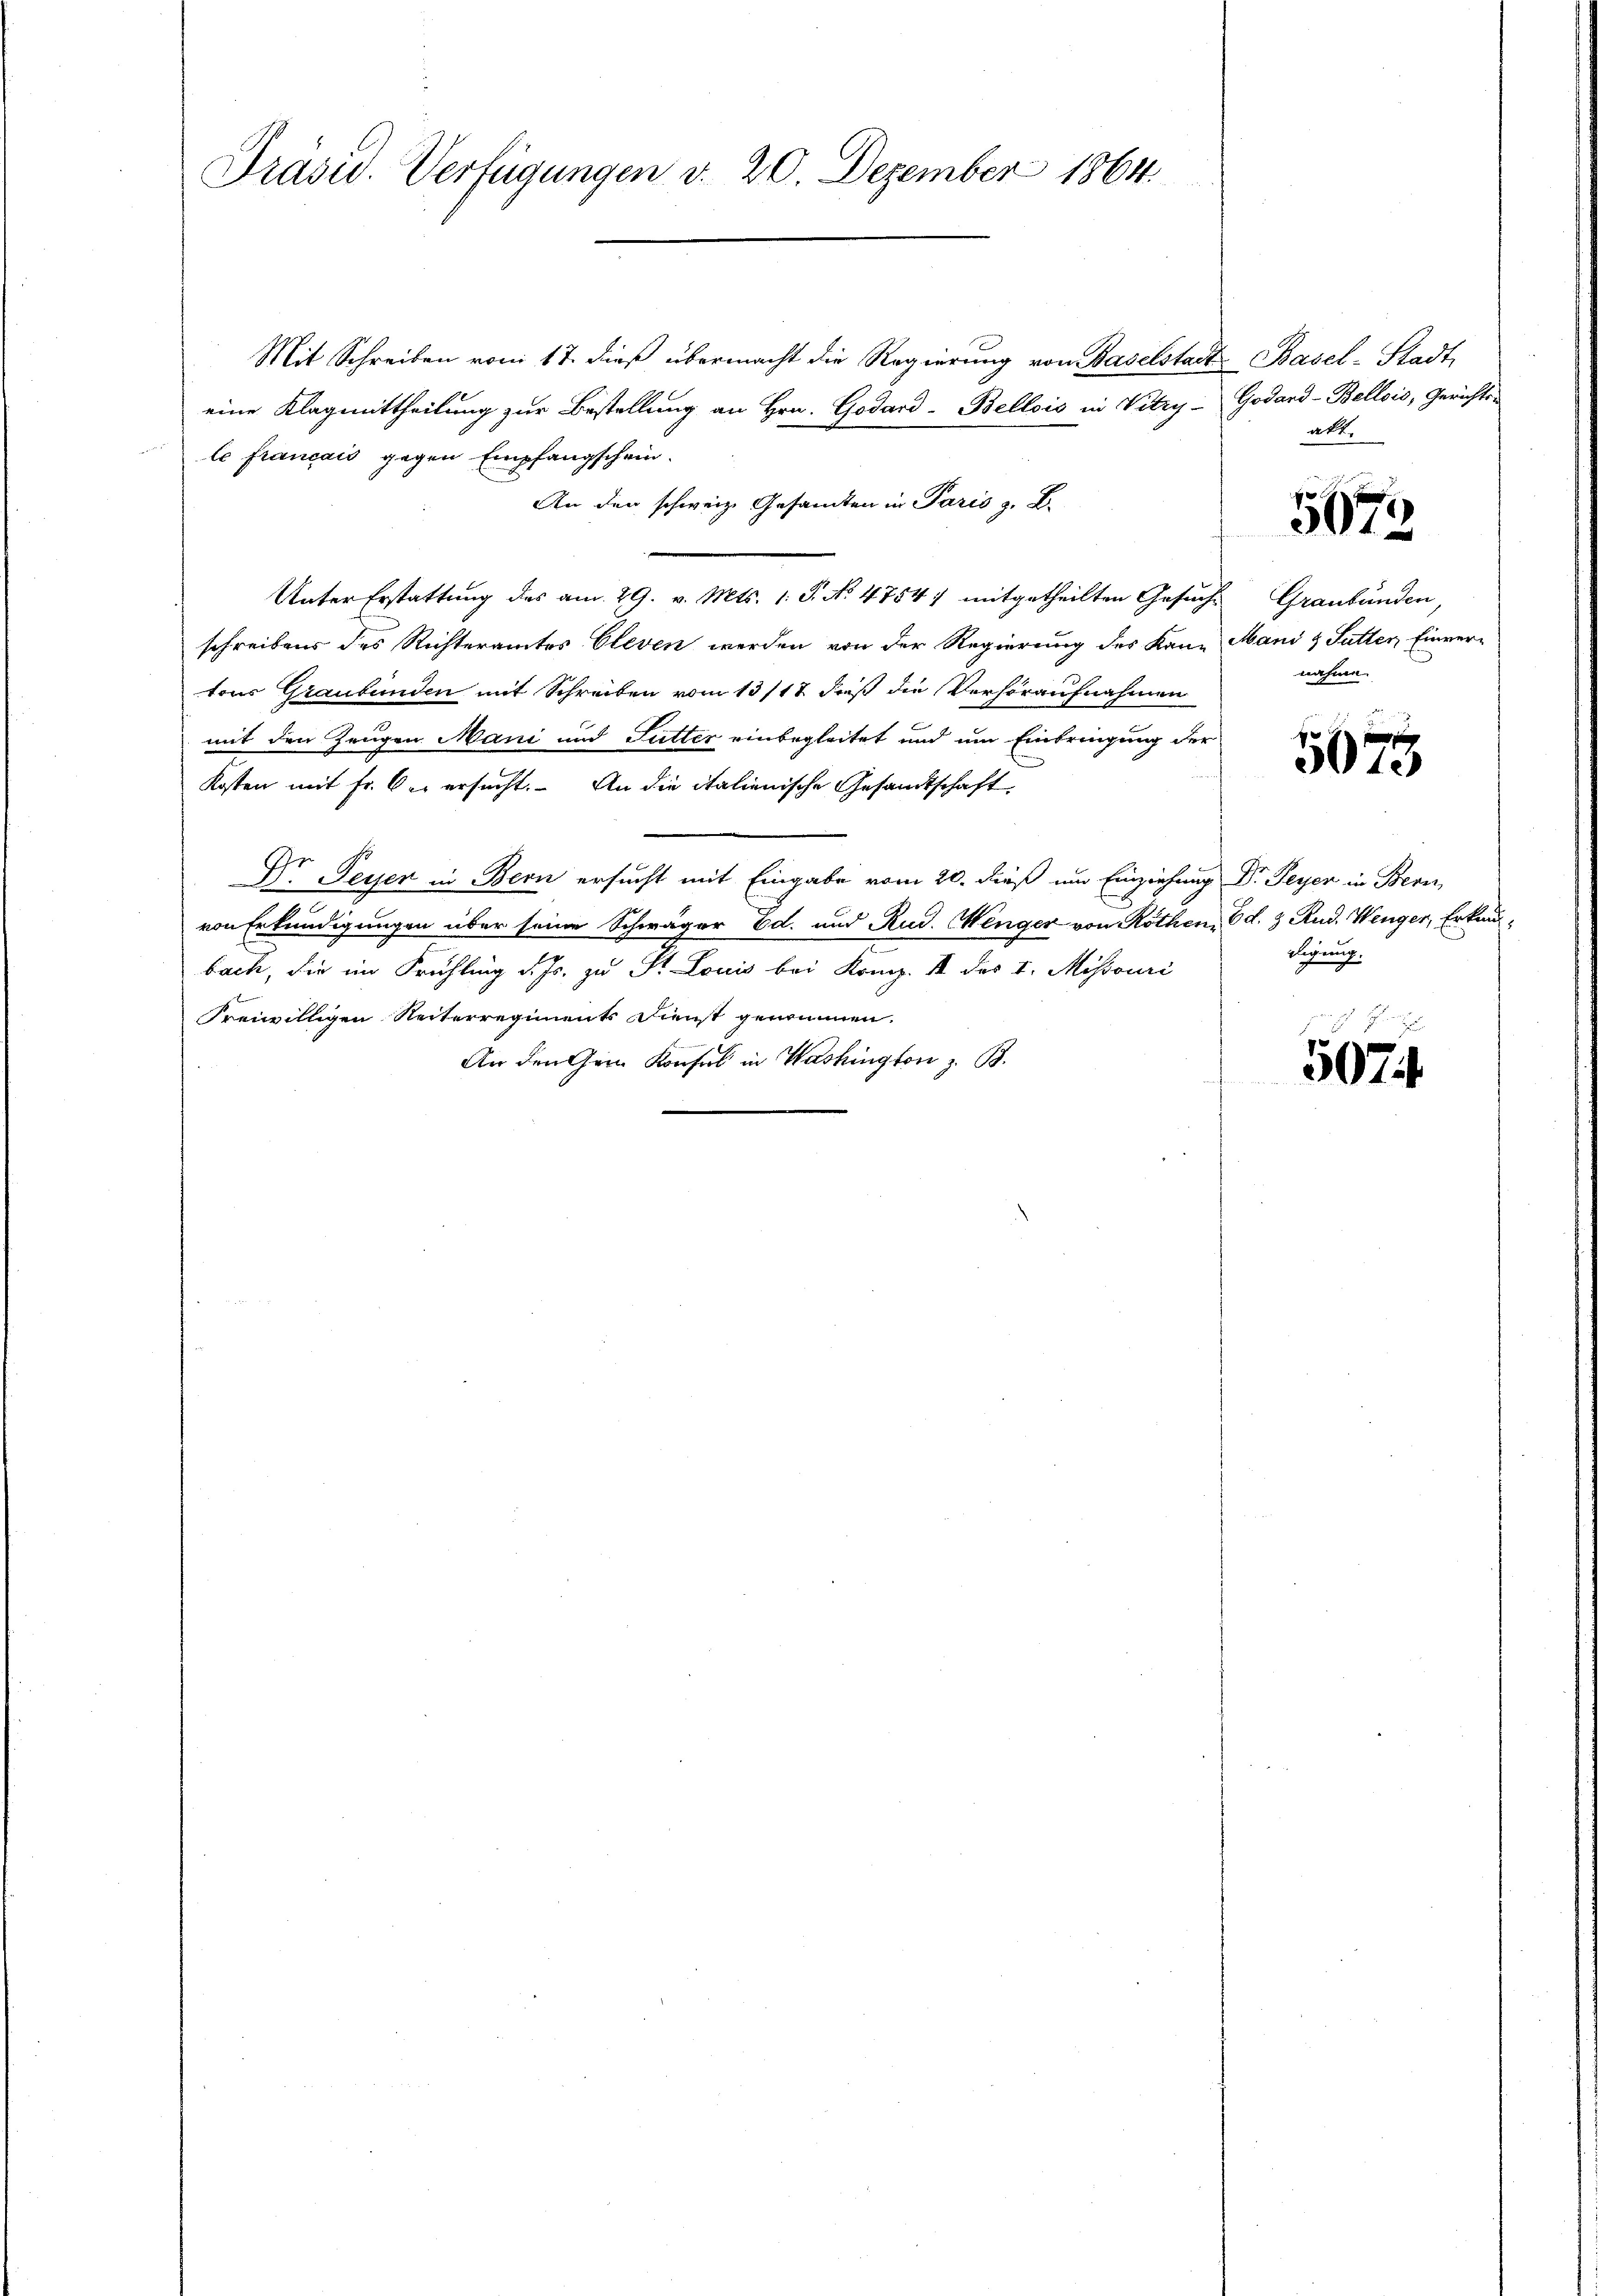
Präsid. Verfügungen v. 20. Dezember 1864.

Mit Schreiben vom 17. dieß übermacht die Regierung von Baselstadt
eine Klagmittheilung zur Bestellung an Hrn. Godard-Bellois in Vitry-
le français gegen Empfangschein.
An den schweiz. Gesamten in Paris z. B.
Unter Erstattung des am 29. v. Mts. 1. P. No. 4754) mitgetheilten Gesucht
schreibens des Richteramtes Cleven werden von der Regierung des Kan-
tons Graubünden mit Schreiben vom 13/18. daß die Verhöraufnahmen
mit den Zeugen Mani und Futter einbegleitet und um Einbringung der
Kosten mit Fr. bei ersucht. An die italienische Gesandtschaft
Dr. Peyer in Bern ersucht mit Eingabe vom 20. dieß um Einziehung Dr. Peyer in Bern,
von Erkundigungen über seine Schwäger Ed. und Rud. Wenger von Röthen, Ed. 3 Rud. Wenger, Erkunbach, die im Frühling d. Js. zu St. Louis bei Komp. I des v. Missouri
Freiwilligen Reiterregiments Dienst genommen.
An den Gem. Konsul in Washington z. B.

Basel-Stadt
Godard-Bellis, Gerichts
akt.

5672

Graubünden,
Mani & Futter Einvernahme.

5073

digung.

5074